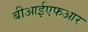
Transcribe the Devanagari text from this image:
बीआईएफआर